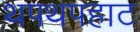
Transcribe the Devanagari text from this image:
थपथपहाट